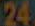
24